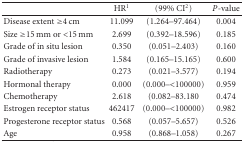
<table><thead><tr><td></td><td><b>HR<sup>1</sup></b></td><td><b>(99% CI<sup>2</sup>)</b></td><td><b><i>P</i>-value</b></td></tr></thead><tbody><tr><td>Disease extent ≥4 cm</td><td>11.099</td><td>(1.264–97.464)</td><td>0.004</td></tr><tr><td>Size ≥15 mm or &lt;15 mm</td><td>2.699</td><td>(0.392–18.596)</td><td>0.185</td></tr><tr><td>Grade of in situ lesion</td><td>0.350</td><td>(0.051–2.403)</td><td>0.160</td></tr><tr><td>Grade of invasive lesion</td><td>1.584</td><td>(0.165–15.165)</td><td>0.600</td></tr><tr><td>Radiotherapy</td><td>0.273</td><td>(0.021–3.577)</td><td>0.194</td></tr><tr><td>Hormonal therapy</td><td>0.000</td><td>(0.000–&lt;100000)</td><td>0.959</td></tr><tr><td>Chemotherapy</td><td>2.618</td><td>(0.082–83.180</td><td>0.474</td></tr><tr><td>Estrogen receptor status</td><td>462417</td><td>(0.000–&lt;100000)</td><td>0.982</td></tr><tr><td>Progesterone receptor status</td><td>0.568</td><td>(0.057–5.657)</td><td>0.526</td></tr><tr><td>Age</td><td>0.958</td><td>(0.868–1.058)</td><td>0.267</td></tr></tbody></table>